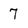
Character: 7